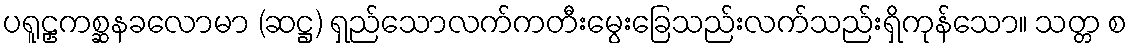
ပရူဠှကစ္ဆနခလောမာ (ဆဋ္ဌ) ရှည်သောလက်ကတီးမွေးခြေသည်းလက်သည်းရှိကုန်သော။ သတ္တ စ